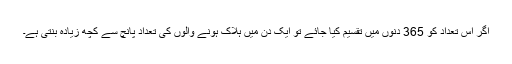
اگر اس تعداد کو 365 دنوں میں تقسیم کیا جائے تو ایک دن میں ہلاک ہونے والوں کی تعداد پانچ سے کچھ زیادہ بنتی ہے۔